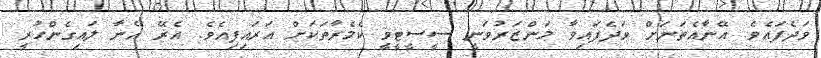
ވަދެފައެވެ. އޭނާއެތަނަށް ވަދެފައިވާ މަންޒަރުވަނީ ސީސީޓީވީ ކެމެރާތަކަށް އަރައިފިއެވެ. އެރޭ އޭނާ ލައިގެންހުރީ